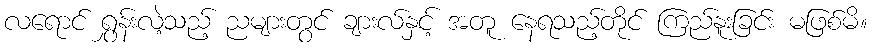
လရောင် ရွှန်းလဲ့သည့် ညများတွင် ချားလ်နှင့် အတူ နေရသည့်တိုင် ကြည်နူးခြင်း မဖြစ်မိ။